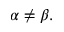
\alpha \neq \beta .